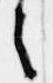
之